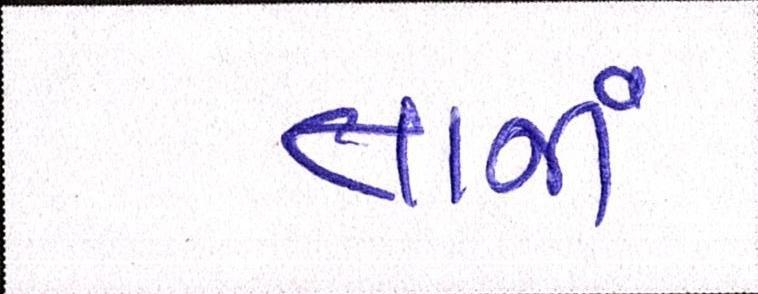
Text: તાજાં